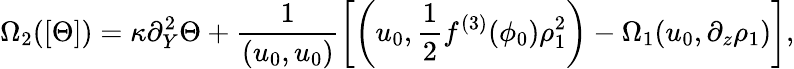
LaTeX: \Omega_{2}([\Theta])=\kappa\partial_{Y}^{2}\Theta+\frac{1}{(u_{0},u_{0})}\left[\left(u_{0},\frac{1}{2}f^{(3)}(\phi_{0})\rho_{1}^{2}\right)-\Omega_{1}(u_{0},\partial_{z}\rho_{1})\right],